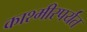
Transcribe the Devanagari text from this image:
काश्मीरपर्यंत